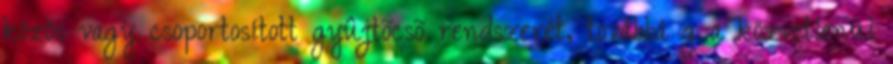
közös vagy csoportosított gyûjtõcsõ rendszerét, továbbá g a közvetlenül